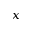
_ x